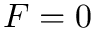
F = 0